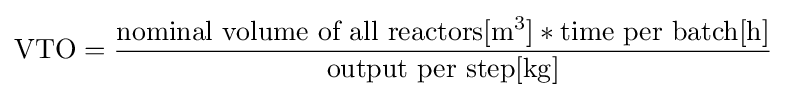
{\text{VTO}}={\frac {{\text{nominal volume of all reactors}}[{\ce {m}}^{3}]*{\text{time per batch}}[{\ce {h}}]}{{\text{output per step}}[{\ce {kg}}]}}